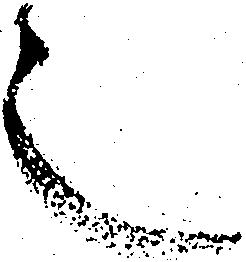
之